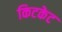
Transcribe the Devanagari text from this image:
किटकेट